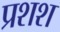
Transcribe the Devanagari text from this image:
प्रशश